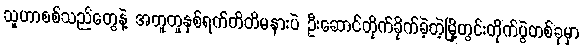
သူဟာစစ်သည်တွေနဲ့ အတူတူနှစ်ရက်တိတိမနားပဲ ဦးဆောင်တိုက်ခိုက်ခဲ့တဲ့မြို့တွင်းတိုက်ပွဲတစ်ခုမှာ